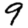
Digit: 9